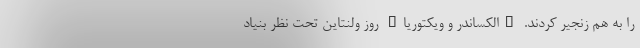
را به هم زنجیر کردند. "الکساندر و ویکتوریا" روز ولنتاین تحت نظر بنیاد